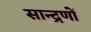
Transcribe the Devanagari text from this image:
सान्द्रणों